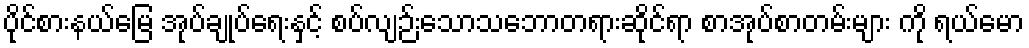
ပိုင်စားနယ်မြေ အုပ်ချုပ်ရေးနှင့် စပ်လျဉ်းသောသဘောတရားဆိုင်ရာ စာအုပ်စာတမ်းများ ကို ရယ်မော